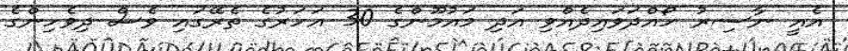
އެއީ ނާސިރު ހޯއްދަވައިދެއްވި އަދި މައުމޫންގެ 30 އަހަރުގެ ތެރޭގައި ވެސް ދިވެހިންގެ